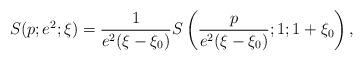
LaTeX: \begin{align*}S(p;e^2;\xi) = \frac{1}{e^2(\xi-\xi_0)} S\left(\frac{p}{e^2(\xi-\xi_0)};1;1 + \xi_0\right),\end{align*}